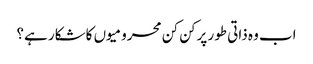
اب وہ ذاتی طور پرکن کن محرومیوں کاشکار ہے؟